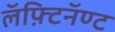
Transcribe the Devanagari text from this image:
लॅफ़्टिनॅण्ट